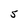
Character: 5